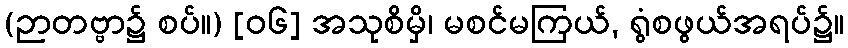
(ဉာတဗ္ဗာ၌ စပ်။) [၀၆] အသုစိမှိ၊ မစင်မကြယ်, ရွံစဖွယ်အရပ်၌။